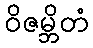
ဝိဇမ္ဘိတံ